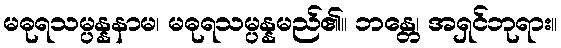
မဓုရသမ္ပန္နနာမ၊ မဓုရသမ္ပန္နမည်၏။ ဘန္တေ၊ အရှင်ဘုရား။